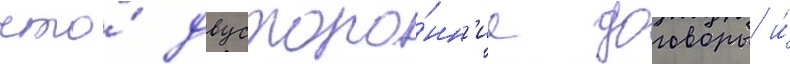
что́ двусторо́нн'ие договоры и́